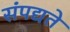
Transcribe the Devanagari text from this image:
संपद्यते